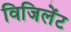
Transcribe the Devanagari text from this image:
विजिलेंट